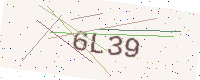
Text: 6L39